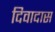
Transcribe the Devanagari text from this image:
दिवादास